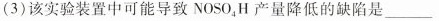
(3)该实验装置中可能导致NOSO_{4}，H产量降低的缺陷是___